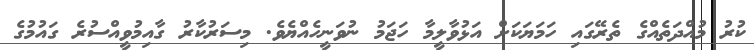
ކުރު މުއްދަތެއްގެ ތެރޭގައި ހަމަޔަކަށް އަޅުވާލީމާ ހަޖަމު ނުވަނީހެއްޔެވެ. މިސަރުކާރު ގާއިމުވީއްސުރެ ގައުމުގެ